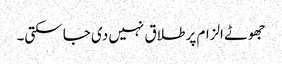
جھوٹے الزام پر طلاق نہیں دی جا سکتی۔